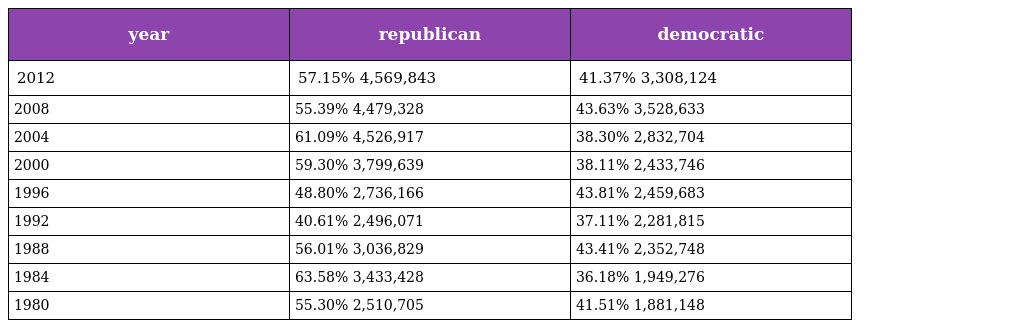
| year | republican | democratic |
 | --- | --- | --- |
 | 2012 | 57.15% 4,569,843 | 41.37% 3,308,124 |
 | 2008 | 55.39% 4,479,328 | 43.63% 3,528,633 |
 | 2004 | 61.09% 4,526,917 | 38.30% 2,832,704 |
 | 2000 | 59.30% 3,799,639 | 38.11% 2,433,746 |
 | 1996 | 48.80% 2,736,166 | 43.81% 2,459,683 |
 | 1992 | 40.61% 2,496,071 | 37.11% 2,281,815 |
 | 1988 | 56.01% 3,036,829 | 43.41% 2,352,748 |
 | 1984 | 63.58% 3,433,428 | 36.18% 1,949,276 |
 | 1980 | 55.30% 2,510,705 | 41.51% 1,881,148 |